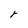
Character: r